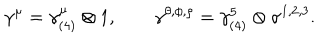
LaTeX: \gamma ^ { \mu } = \gamma _ { ( 4 ) } ^ { \mu } \otimes 1 , \qquad \gamma ^ { \theta , \phi , \rho } = \gamma _ { ( 4 ) } ^ { 5 } \otimes \sigma ^ { 1 , 2 , 3 } .